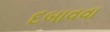
દબાવવા